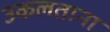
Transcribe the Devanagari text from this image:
उकलताना